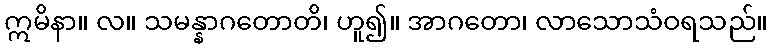
ဣမိနာ။ လ။ သမန္နာဂတောတိ၊ ဟူ၍။ အာဂတော၊ လာသောသံဝရသည်။